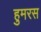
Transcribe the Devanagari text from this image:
हुमरस